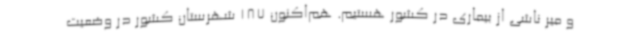
و میر ناشی از بیماری در کشور هستیم. هم‌اکنون 187 شهرستان کشور در وضعیت